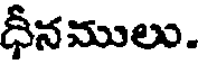
ధీనములు.